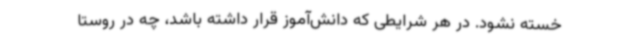
خسته نشود. در هر شرایطی که دانش‌آموز قرار داشته باشد، چه در روستا